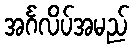
အင်္ဂလိပ်အမည်